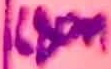
Text: 680n